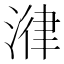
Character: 𣹕